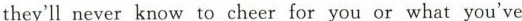
they'll never know to cheer for you or what you've